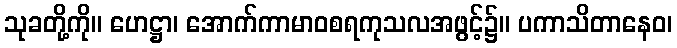
သုခတို့ကို။ ဟေဋ္ဌာ၊ အောက်ကာမာဝစရကုသလအဖွင့်၌။ ပကာသိတာနေဝ၊